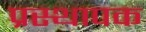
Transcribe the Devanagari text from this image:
प्रस्थापक